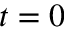
t = 0